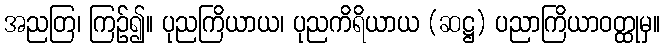
အညတြ၊ ကြဉ်၍။ ပုညကြိယာယ၊ ပုညကိရိယာယ (ဆဋ္ဌ) ပညာကြိယာဝတ္ထုမှ။